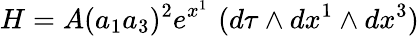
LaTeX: H=A(a_{1}a_{3})^{2}e^{x^{1}}\, \, (d\tau\wedge dx^{1}\wedge dx^{3})